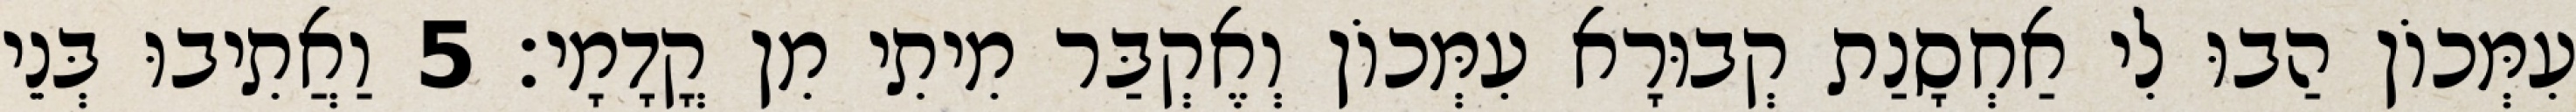
עִמְּכוֹן הַבוּ לִי אַחְסָנַת קְבוּרָא עִמְּכוֹן וְאֶקְבַּר מִיתִי מִן קֳדָמָי׃ 5 וַאֲתִיבוּ בְּנֵי